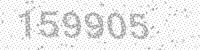
Solution: 159905